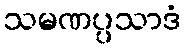
သမဏပ္ပသာဒံ